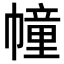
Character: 幢